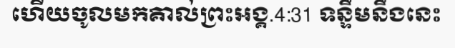
ហើយចូលមកគាល់ព្រះអង្គ.4:31 ទន្ទឹមនឹងនេះ